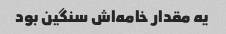
یه مقدار خامه‌اش سنگین بود